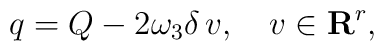
q=Q-2\omega_3\delta\,v,\quad v\in{\bf R}^r,